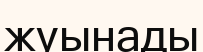
жуынады